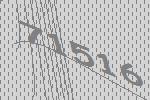
71516